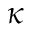
\kappa